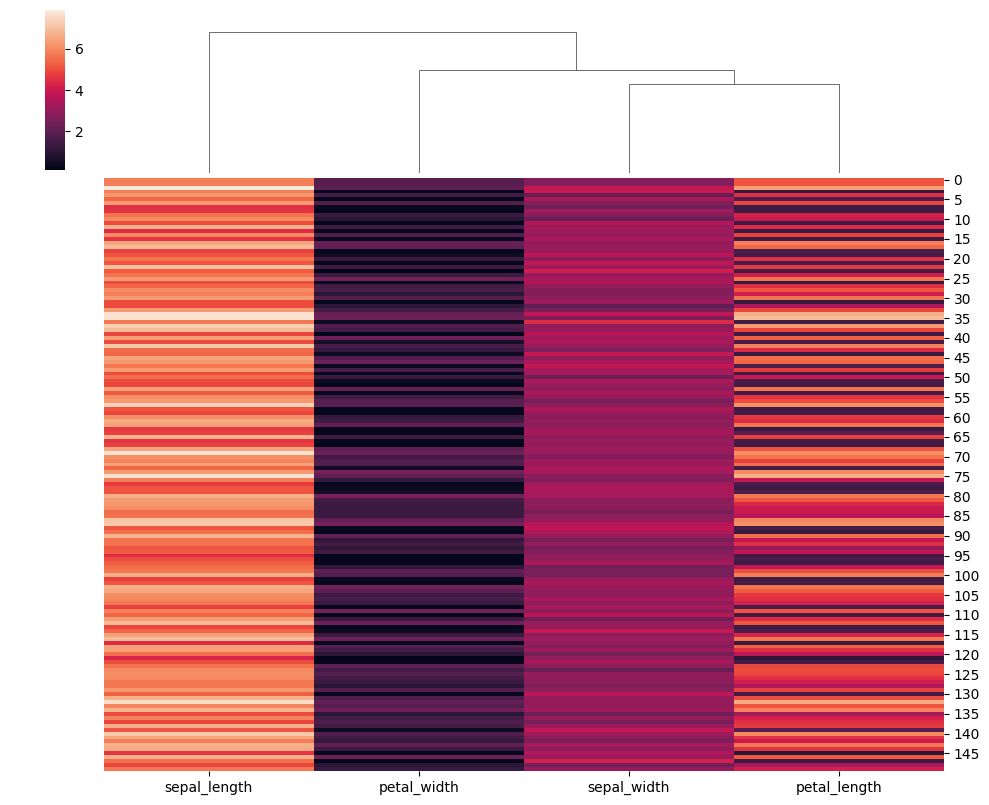
python, seaborn, clustermap, figsize=(10, 8), row_cluster=False, dendrogram_ratio=(0.1, 0.2), cbar_pos=(0.05, 0.8, 0.02, 0.2)